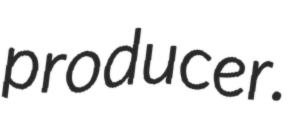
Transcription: producer.